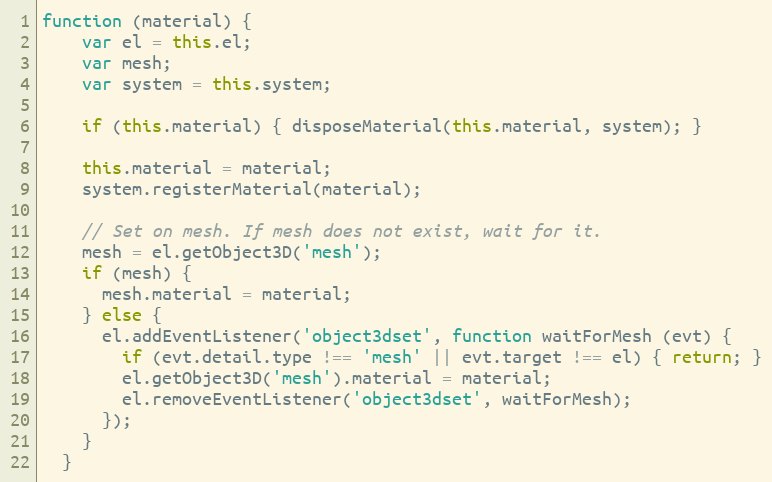
Language: JavaScript
function (material) {
    var el = this.el;
    var mesh;
    var system = this.system;

    if (this.material) { disposeMaterial(this.material, system); }

    this.material = material;
    system.registerMaterial(material);

    // Set on mesh. If mesh does not exist, wait for it.
    mesh = el.getObject3D('mesh');
    if (mesh) {
      mesh.material = material;
    } else {
      el.addEventListener('object3dset', function waitForMesh (evt) {
        if (evt.detail.type !== 'mesh' || evt.target !== el) { return; }
        el.getObject3D('mesh').material = material;
        el.removeEventListener('object3dset', waitForMesh);
      });
    }
  }